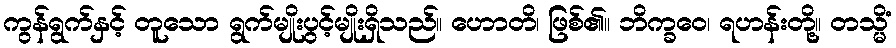
ကွန်ရွက်နှင့် တူသော ရွက်မျိုးပွင့်မျိုးရှိသည်။ ဟောတိ၊ ဖြစ်၏။ ဘိက္ခဝေ၊ ရဟန်းတို့။ တသ္မိံ